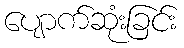
ပျောက်ဆုံးခြင်း